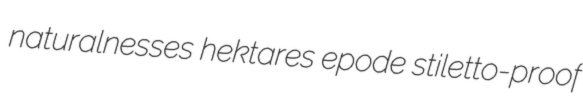
naturalnesses hektares epode stiletto-proof